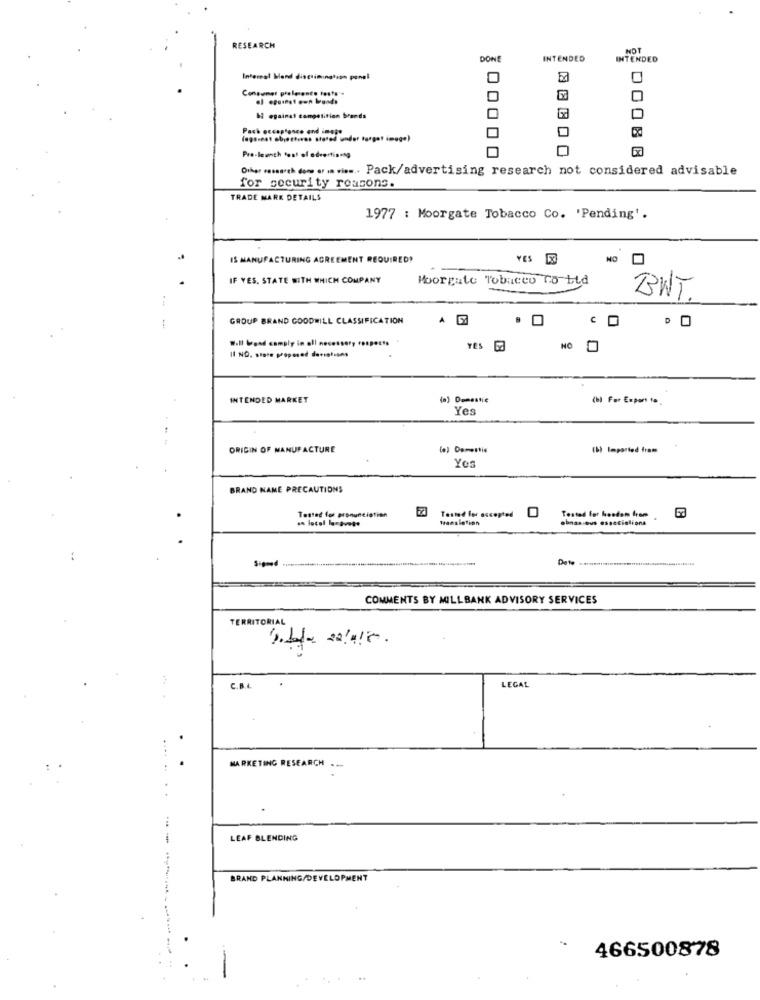
RESEARCH
NOT
DON
INTENDED
INTENDED
Inforeal Mand discrimination panel
Consumer pralerento testa **
begainat competition brands
Pach acceptance and image
(agsent objetivos stared under target image)
Pre-launch fost of advertising
Or mu .. . ....... Pack/advertising research not considered advisable
for security rousons.
TRADE MARK DETAILS
1977 : Moorgate Tobacco Co. 'Pending'.
IS MANUFACTURING AGREEMENT REQUIRED!
YES
NO
IF YES. STATE WITH WHICH COMPANY
Moorgate Tobacco To-Lid
--
BWT.
GROUP BRAND GOODWILL CLASSIFICATION
Will Wood camply in all necessary respects
YES 63
NO 0
INTENDED MARKET
(a) Domestic
(b) For Export 1.
Yes
ORIGIN OF MANUFACTURE
(o) Domestic
(b) Imported from
Yes
BRAND NAME PRECAUTIONS
Tested for accepted
O
Tested for hoedsm from
an locel laravete
Tested for pronunciation
.bna .. ous essccielions
COMMENTS BY MILLBANK ADVISORY SERVICES
TERRITORIAL
C.B.
LEGAL
.
MARKETING RESEARCH ...
---
LEAF BLENDING
BRAND PLANNING/DEVELOPMENT
466500878
-